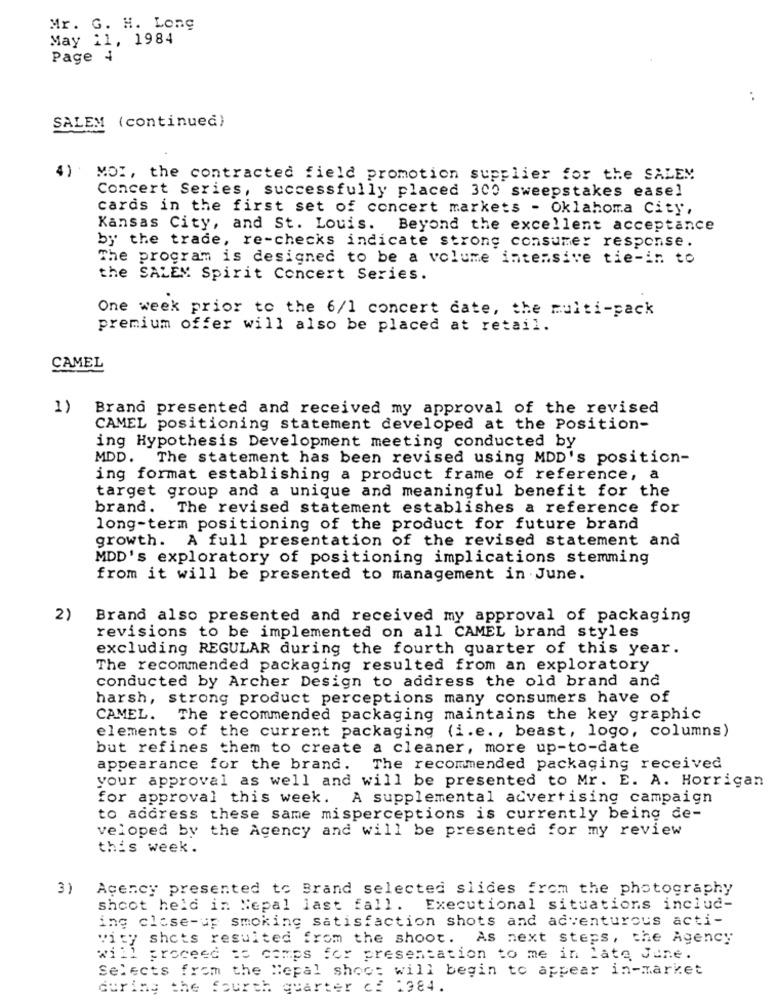
Mr. G. H. Long
May 11, 1984
Page 4
..
SALEM (continued)
4)
MOI, the contracted field promotion supplier for the SALEM
Concert Series, successfully placed 300 sweepstakes easel
cards in the first set of concert markets - Oklahoma City,
Kansas City, and St. Louis. Beyond the excellent acceptance
by the trade, re-checks indicate strong consumer response.
The program is designed to be a volume intensive tie-in to
the SALEM Spirit Concert Series.
One week prior to the 6/1 concert cate, the multi-pack
premium offer will also be placed at retail.
CAMEL
1)
Brand presented and received my approval of the revised
CAMEL positioning statement developed at the Position-
ing Hypothesis Development meeting conducted by
MDD. The statement has been revised using MDD's position-
ing format establishing a product frame of reference, a
target group and a unique and meaningful benefit for the
brand. The revised statement establishes a reference for
long-term positioning of the product for future brand
growth. A full presentation of the revised statement and
MDD's exploratory of positioning implications stemming
from it will be presented to management in June.
2)
Brand also presented and received my approval of packaging
revisions to be implemented on all CAMEL brand styles
excluding REGULAR during the fourth quarter of this year.
The recommended packaging resulted from an exploratory
conducted by Archer Design to address the old brand and
harsh, strong product perceptions many consumers have of
CAMEL. The recommended packaging maintains the key graphic
elements of the current packaging (i.e ., beast, logo, columns)
but refines them to create a cleaner, more up-to-date
appearance for the brand. The recommended packaging received
your approval as well and will be presented to Mr. E. A. Horrigan
for approval this week. A supplemental advertising campaign
to address these same misperceptions is currently being de-
veloped by the Agency and will be presented for my review
this week.
3)
Agency presented to Brand selected slides from the photography
shoot held in Nepal last fall. Executional situations includ-
ing close-up smoking satisfaction shots and adventurous acti-
"ity shots resulted from the shoot. As next steps, the Agency
will proceed as camps for presentation to me in late June.
Selects from the Nepal shoot will begin to appear in-market
during the fourth quarter of 1984.